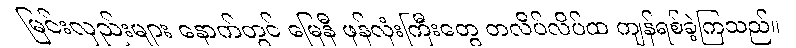
မြင်းလှည်းများ နောက်တွင် မြေနီ ဖုန်လုံးကြီးတွေ တလိပ်လိပ်ထ ကျန်ရစ်ခဲ့ကြသည်။